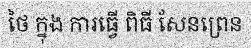
ថៃ ក្នុង ការធ្វើ ពិធី សែនព្រេន